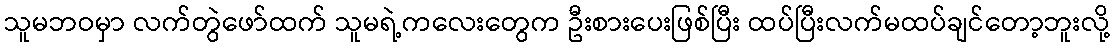
သူမဘဝမှာ လက်တွဲဖော်ထက် သူမရဲ့ကလေးတွေက ဦးစားပေးဖြစ်ပြီး ထပ်ပြီးလက်မထပ်ချင်တော့ဘူးလို့